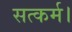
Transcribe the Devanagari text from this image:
सत्कर्म।